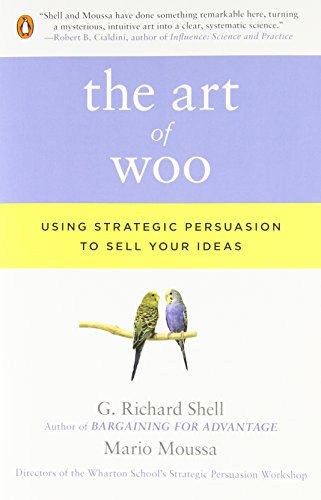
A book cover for The Art of Woo: Using Strategic Persuasion to Sell Your Ideas; G. Richard Shell; Business & Money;